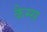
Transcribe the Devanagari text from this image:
कैम्स